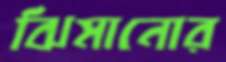
ঝিমানোর